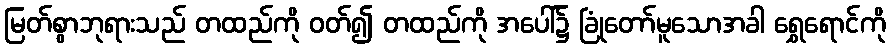
မြတ်စွာဘုရားသည် တထည်ကို ဝတ်၍ တထည်ကို အပေါ်၌ ခြုံတော်မူသောအခါ ရွှေရောင်ကို